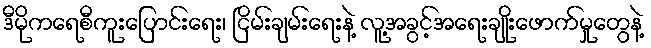
ဒီမိုကရေစီကူးပြောင်းရေး၊ ငြိမ်းချမ်းရေးနဲ့ လူ့အခွင့်အရေးချိုးဖောက်မှုတွေနဲ့